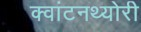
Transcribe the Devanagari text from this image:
क्‍वांटनथ्‍योरी